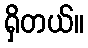
ရှိတယ်။